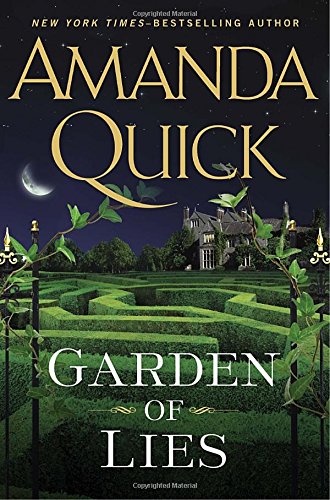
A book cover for Garden of Lies; Amanda Quick; Romance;